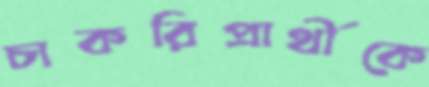
চাকরিপ্রার্থীকে